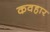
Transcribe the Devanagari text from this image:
कवहार